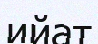
ийат